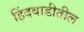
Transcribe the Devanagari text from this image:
हिंदवाडीतील